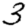
Digit: 3